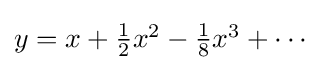
{\textstyle y=x+{\frac {1}{2}}x^{2}-{\frac {1}{8}}x^{3}+\cdots }